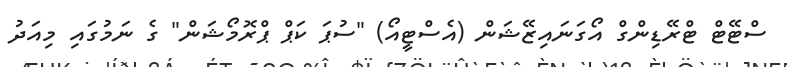
ސްޓޭޓް ޓްރޭޑިންގް އޯގަނައިޒޭޝަން (އެސްޓީއޯ) "ސުޕަ ކަޕް ޕްރޮމޯޝަން" ގެ ނަމުގައި މިއަދު